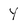
Character: Y